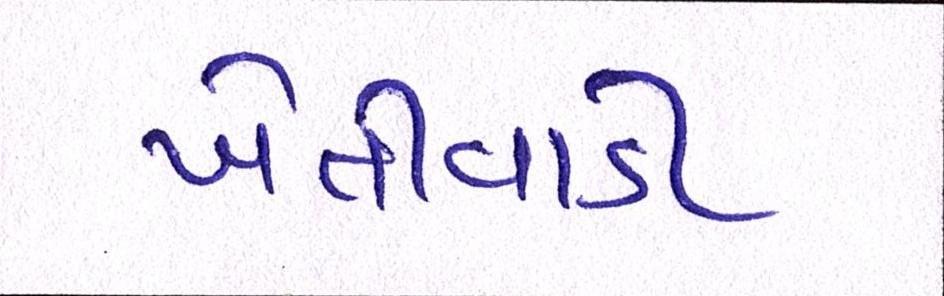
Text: ખેતીવાડી